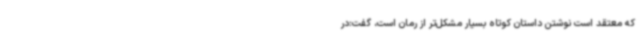
که معتقد است نوشتن داستان کوتاه بسیار مشکل‌تر از رمان است، گفت:در